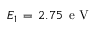
E _ { 1 } \, = \, 2 . 7 5 \, \mathrm { ~ e ~ V ~ }